Vaccination in Bombay 1856-1862 - 1856-1862
Year: 1856
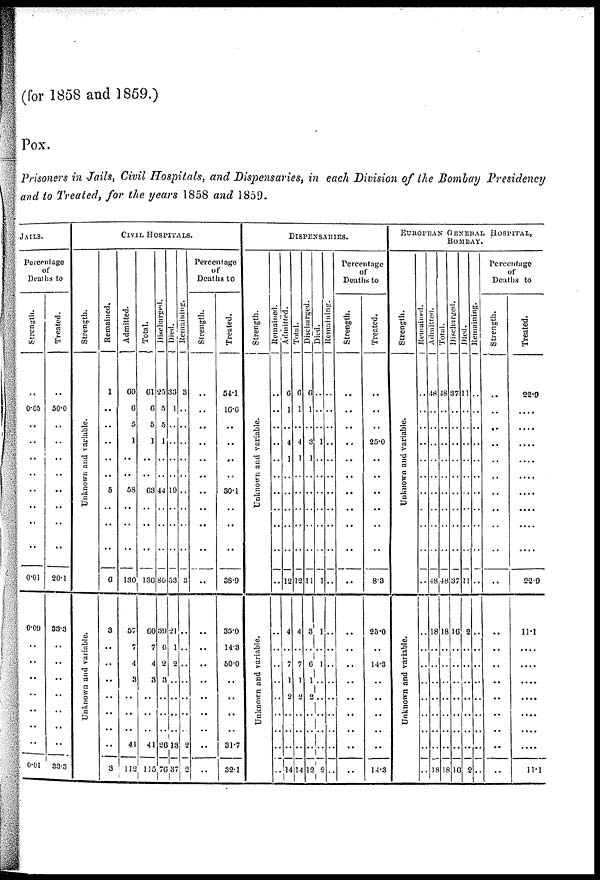
(for 1858 and 1859.)
Pox.
Prisoners in Jails, Civil Hospitals, and Dispensaries, in each Division of the Bombay Presidency
and to Treated, for the years 1858 and 1859.
JAILS.
Percentage
of
Deaths to
Strength.
..
0.05
..
..
..
..
..
..
..
..
0.01
0.09
..
..
..
..
..
..
..
0.01
Treated.
..
50.0
..
..
..
..
..
..
..
..
20.1
33.3
..
..
..
..
..
..
..
33.3
CIVIL HOSPITALS.
Strength.
Unknown and variable.
Unknown and variable.
Remained.
1
..
..
..
..
..
5
..
..
..
6
3
..
..
..
..
..
..
..
3
Admitted.
60
6
5
1
..
..
58
..
..
..
130
57
7
4
3
..
..
..
41
112
Total.
61
6
5
1
..
..
63
..
..
..
136
60
7
4
3
..
..
..
41
115
Discharged.
25
5
5
1
..
..
44
..
..
..
80
39
6
2
3
..
..
..
26
70
Died.
33
1
..
..
..
..
19
..
..
..
53
21
1
2
..
..
..
..
13
37
Remaining.
3
..
..
..
..
..
..
..
..
..
3
..
..
..
..
..
..
..
2
2
Percentage
of
Deaths to
Strength.
..
..
..
..
..
..
..
..
..
..
..
..
..
..
..
..
..
..
..
..
Treated.
54.1
16.6
..
..
..
..
30.1
..
..
..
38.9
35.0
14.3
50.0
..
..
..
..
31.7
32.1
DISPENSARIES.
Strength.
Unknown and variable.
Unknown and variable.
Remained.
..
..
..
..
..
..
..
..
..
..
..
..
..
..
..
..
..
..
..
..
Admitted.
6
1
..
4
1
..
..
..
..
..
12
4
..
7
1
2
..
..
..
14
Total.
6
1
..
4
1
..
..
..
..
..
12
4
..
7
1
2
..
..
..
14
Discharged.
6
1
..
3
1
..
..
..
..
..
11
3
..
6
1
2
..
..
..
12
Died.
..
..
..
1
..
..
..
..
..
..
1
1
..
1
..
..
..
..
..
2
Remaining.
..
..
..
..
..
..
..
..
..
..
..
..
..
..
..
..
..
..
..
..
Percentage
of
Deaths to
Strength.
..
..
..
..
..
..
..
..
..
..
..
..
..
..
..
..
..
..
..
..
Treated.
..
..
..
25.0
..
..
..
..
..
..
83
25.0
..
14.3
..
..
..
..
..
14.3
EUROPEAN GENERAL HOSPITAL,
BOMBAY.
Strength.
Unknown and variable.
Unknown and variable.
Remained.
..
..
..
..
..
..
..
..
..
..
..
..
..
..
..
..
..
..
..
..
Admitted.
48
..
..
..
..
..
..
..
..
..
48
18
..
..
..
..
..
..
..
18
Total.
48
..
..
..
..
..
..
..
..
..
48
18
..
..
..
..
..
..
..
18
Discharged.
37
..
..
..
..
..
..
..
..
..
37
16
..
..
..
..
..
..
..
16
Died.
11
..
..
..
..
..
..
..
..
..
11
2
..
..
..
..
..
..
..
2
Remaining.
..
..
..
..
..
..
..
..
..
..
..
..
..
..
..
..
..
..
..
..
Percentage
of
Deaths to
Strength.
..
..
..
..
..
..
..
..
..
..
..
..
..
..
..
..
..
..
..
..
Treated.
22.9
....
....
....
....
....
....
....
..
....
22.9
11.1
..
....
....
....
..
....
....
11.1